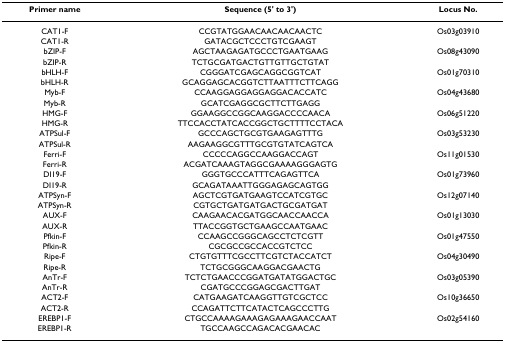
<table><thead><tr><td><b>Primer name</b></td><td><b>Sequence (5&#x27; to 3&#x27;)</b></td><td><b>Locus No.</b></td></tr></thead><tbody><tr><td>CAT1-F</td><td>CCGTATGGAACAACAACAACTC</td><td>Os03g03910</td></tr><tr><td>CAT1-R</td><td>GATACGCTCCCTGTCGAAGT</td><td></td></tr><tr><td>bZIP-F</td><td>AGCTAAGAGATGCCCTGAATGAAG</td><td>Os08g43090</td></tr><tr><td>bZIP-R</td><td>TCTGCGATGACTGTTGTTGCTGTAT</td><td></td></tr><tr><td>bHLH-F</td><td>CGGGATCGAGCAGGCGGTCAT</td><td>Os01g70310</td></tr><tr><td>bHLH-R</td><td>GCAGGAGCACGGTCTTAATTTCTTCAGG</td><td></td></tr><tr><td>Myb-F</td><td>CCAAGGAGGAGGAGGACACCATC</td><td>Os04g43680</td></tr><tr><td>Myb-R</td><td>GCATCGAGGCGCTTCTTGAGG</td><td></td></tr><tr><td>HMG-F</td><td>GGAAGGCCGGCAAGGACCCCAACA</td><td>Os06g51220</td></tr><tr><td>HMG-R</td><td>TTCCACCTATCACCGGCTGCTTTTCCTACA</td><td></td></tr><tr><td>ATPSul-F</td><td>GCCCAGCTGCGTGAAGAGTTTG</td><td>Os03g53230</td></tr><tr><td>ATPSul-R</td><td>AAGAAGGCGTTTGCGTGTATCAGTCA</td><td></td></tr><tr><td>Ferri-F</td><td>CCCCCAGGCCAAGGACCAGT</td><td>Os11g01530</td></tr><tr><td>Ferri-R</td><td>ACGATCAAAGTAGGCGAAAAGGGAGTG</td><td></td></tr><tr><td>DI19-F</td><td>GGGTGCCCATTTCAGAGTTCA</td><td>Os01g73960</td></tr><tr><td>DI19-R</td><td>GCAGATAAATTGGGAGAGCAGTGG</td><td></td></tr><tr><td>ATPSyn-F</td><td>AGCTCGTGATGAAGTCCATCGTGC</td><td>Os12g07140</td></tr><tr><td>ATPSyn-R</td><td>CGTGCTGATGATGACTGCGATGAT</td><td></td></tr><tr><td>AUX-F</td><td>CAAGAACACGATGGCAACCAACCA</td><td>Os01g13030</td></tr><tr><td>AUX-R</td><td>TTACCGGTGCTGAAGCCAATGAAC</td><td></td></tr><tr><td>Pfkin-F</td><td>CCAAGCCGGGCAGCCTCTCGTT</td><td>Os01g47550</td></tr><tr><td>Pfkin-R</td><td>CGCGCCGCCACCGTCTCC</td><td></td></tr><tr><td>Ripe-F</td><td>CTGTGTTTCGCCTTCGTCTACCATCT</td><td>Os04g30490</td></tr><tr><td>Ripe-R</td><td>TCTGCGGGCAAGGACGAACTG</td><td></td></tr><tr><td>AnTr-F</td><td>TCTCTGAACCCGGATGATATGGACTGC</td><td>Os03g05390</td></tr><tr><td>AnTr-R</td><td>CGATGCCCGGAGCGACTTGAT</td><td></td></tr><tr><td>ACT2-F</td><td>CATGAAGATCAAGGTTGTCGCTCC</td><td>Os10g36650</td></tr><tr><td>ACT2-R</td><td>CCAGATTCTTCATACTCAGCCCTTG</td><td></td></tr><tr><td>EREBP1-F</td><td>CTGCCAAAAGAAAGAGAAAGAACCAAT</td><td>Os02g54160</td></tr><tr><td>EREBP1-R</td><td>TGCCAAGCCAGACACGAACAC</td><td></td></tr></tbody></table>